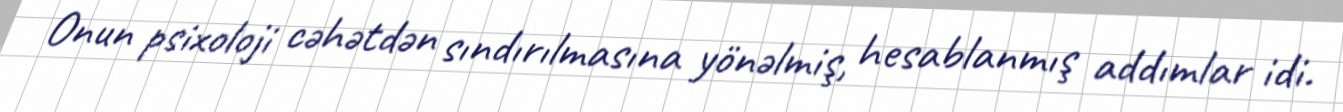
Onun psixoloji cəhətdən sındırılmasına yönəlmiş, hesablanmış addımlar idi.